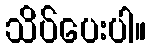
သိပ်ပေးပါ။